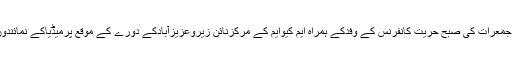
ان خیالات کا اظہارانہوں نے جمعرات کی صبح حریت کانفرنس کے وفدکے ہمراہ ایم کیوایم کے مرکزنائن زیروعزیزآبادکے دورے کے موقع پرمیڈیاکے نمائندوں سے گفتگوکرتے ہوئے کیا۔